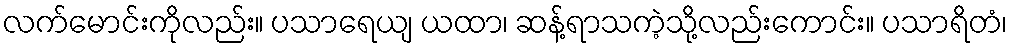
လက်မောင်းကိုလည်း။ ပသာရေယျ ယထာ၊ ဆန့်ရာသကဲ့သို့လည်းကောင်း။ ပသာရိတံ၊